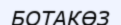
БОТАКӨЗ